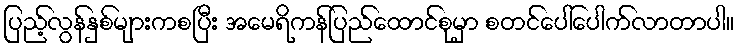
ပြည့်လွန်နှစ်များကစပြီး အမေရိကန်ပြည်ထောင်စုမှာ စတင်ပေါ်ပေါက်လာတာပါ။